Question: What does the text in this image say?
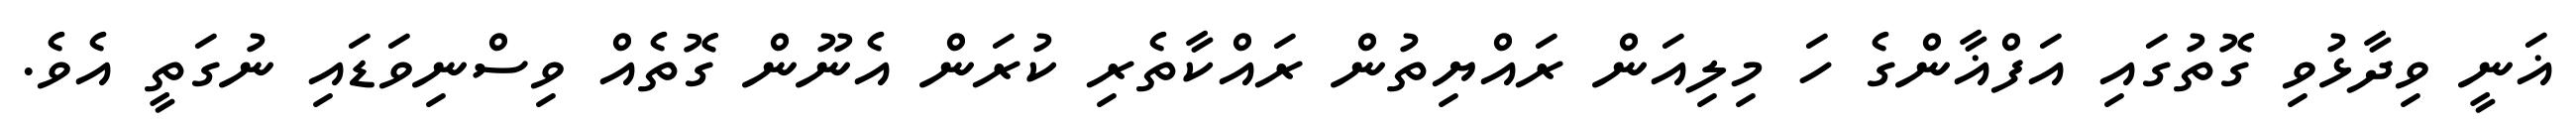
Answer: ޣަނީ ވިދާޅުވި ގޮތުގައި އަފްޣާންގެ ހަ މިލިއަން ރައްޔިތުން ރައްކާތެރި ކުރަން އެނޫން ގޮތެއް ވިސްނިވަޑައި ނުގަތީ އެވެ.